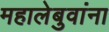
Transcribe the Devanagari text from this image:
महालेबुवांना